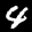
Label: 4